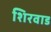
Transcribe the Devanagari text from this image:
शिरवाड